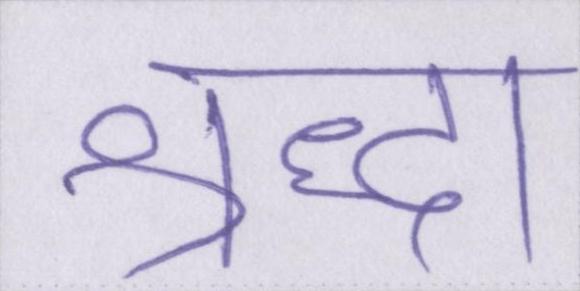
श्रद्धा